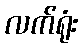
လက်ရုံး